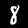
Digit: 8